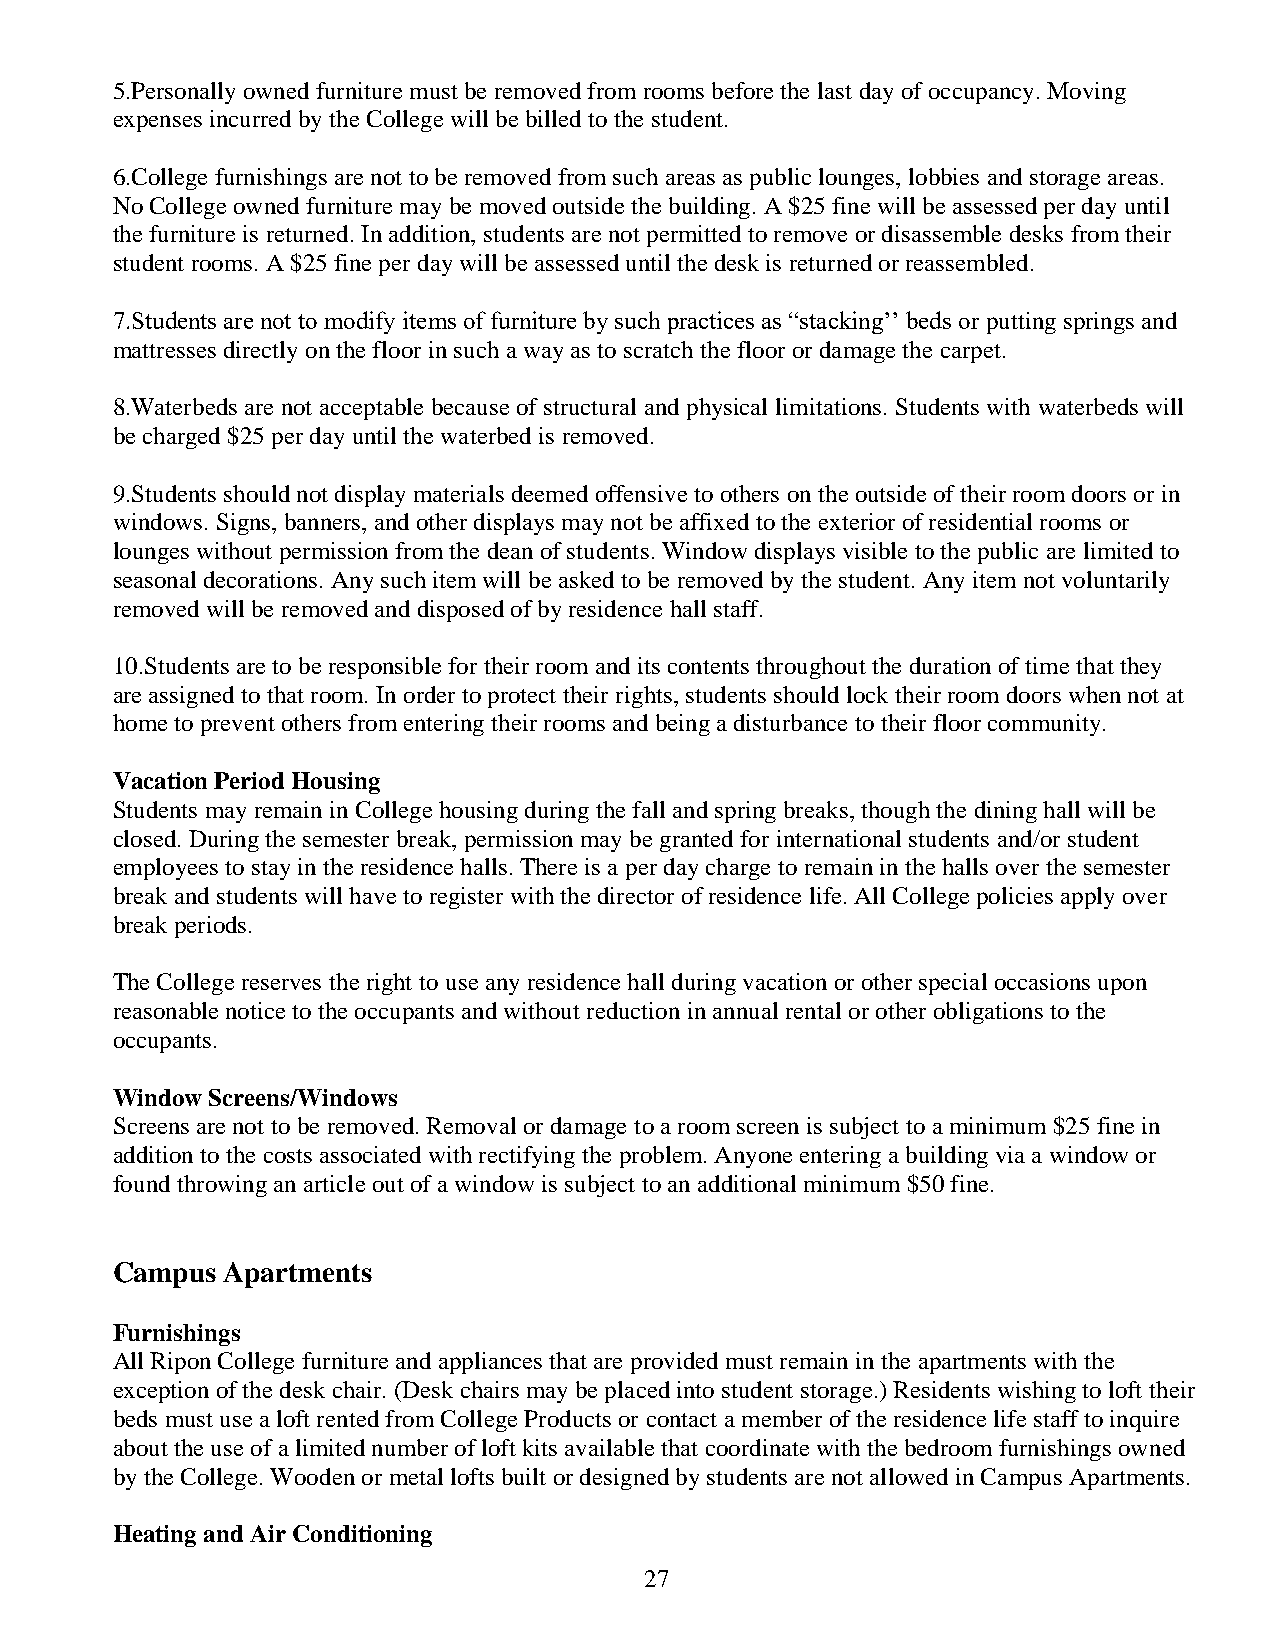
5.Personally owned furniture must be removed from rooms before the last day of occupancy. Moving
 expenses incurred by the College will be billed to the student.
 6.College furnishings are not to be removed from such areas as public lounges, lobbies and storage areas.
 No College owned furniture may be moved outside the building. A $25 fine will be assessed per day until
 the furniture is returned. In addition, students are not permitted to remove or disassemble desks from their
 student rooms. A $25 fine per day will be assessed until the desk is returned or reassembled.
 7.Students are not to modify items of furniture by such practices as “stacking’’ beds or putting springs and
 mattresses directly on the floor in such a way as to scratch the floor or damage the carpet.
 8.Waterbeds are not acceptable because of structural and physical limitations. Students with waterbeds will
 be charged $25 per day until the waterbed is removed.
 9.Students should not display materials deemed offensive to others on the outside of their room doors or in
 windows. Signs, banners, and other displays may not be affixed to the exterior of residential rooms or
 lounges without permission from the dean of students. Window displays visible to the public are limited to
 seasonal decorations. Any such item will be asked to be removed by the student. Any item not voluntarily
 removed will be removed and disposed of by residence hall staff.
 10.Students are to be responsible for their room and its contents throughout the duration of time that they
 are assigned to that room. In order to protect their rights, students should lock their room doors when not at
 home to prevent others from entering their rooms and being a disturbance to their floor community.
 Vacation Period Housing
 Students may remain in College housing during the fall and spring breaks, though the dining hall will be
 closed. During the semester break, permission may be granted for international students and/or student
 employees to stay in the residence halls. There is a per day charge to remain in the halls over the semester
 break and students will have to register with the director of residence life. All College policies apply over
 break periods.
 The College reserves the right to use any residence hall during vacation or other special occasions upon
 reasonable notice to the occupants and without reduction in annual rental or other obligations to the
 occupants.
 Window Screens/Windows
 Screens are not to be removed. Removal or damage to a room screen is subject to a minimum $25 fine in
 addition to the costs associated with rectifying the problem. Anyone entering a building via a window or
 found throwing an article out of a window is subject to an additional minimum $50 fine.
 Campus  Apartments
 Furnishings
 All Ripon College furniture and appliances that are provided must remain in the apartments with the
 exception of the desk chair. (Desk chairs may be placed into student storage.) Residents wishing to loft their
 beds must use a loft rented from College Products or contact a member of the residence life staff to inquire
 about the use of a limited number of loft kits available that coordinate with the bedroom furnishings owned
 by the College. Wooden or metal lofts built or designed by students are not allowed in Campus Apartments.
 Heating and Air Conditioning
 27